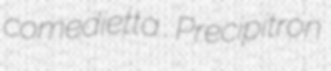
comedietta Precipitron